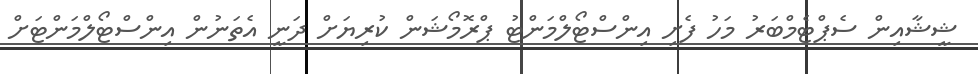
ޝީޝާއިން ސެޕްޓެމްބަރު މަހު ފެށި އިންސްޓޯލްމަންޓު ޕްރޮމޯޝަން ކުރިޔަށް ދަނީ އެތަނުން އިންސްޓޯލްމަންޓަށް